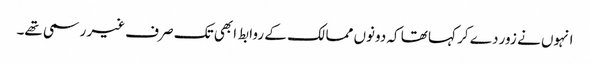
انہوں نے زور دے کر کہا تھا کہ دونوں ممالک کے روابط ابھی تک صرف غیر رسمی تھے۔